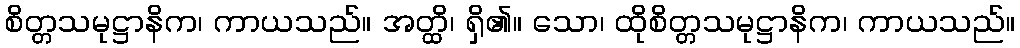
စိတ္တသမုဋ္ဌာနိက၊ ကာယသည်။ အတ္ထိ၊ ရှိ၏။ သော၊ ထိုစိတ္တသမုဋ္ဌာနိက၊ ကာယသည်။